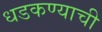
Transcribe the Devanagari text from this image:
धडकण्याची